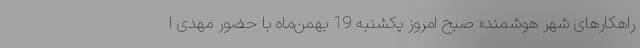
راهکارهای شهر هوشمند» صبح امروز یکشنبه 19 بهمن‌ماه با حضور مهدی ا